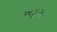
ખડૂસ